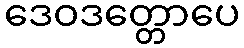
ဒေဝဒတ္တောပေ